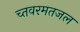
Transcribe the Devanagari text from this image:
च्तवरमतजल